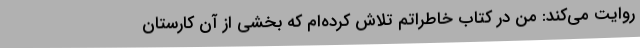
روایت می‌کند: من در کتاب خاطراتم تلاش کرده‌ام که بخشی از آن کارستان